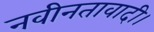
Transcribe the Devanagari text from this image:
नवीनतावादी।